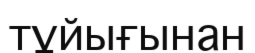
тұйығынан